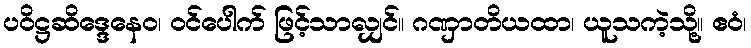
ပဝိဋ္ဌဆိဒ္ဒေနေဝ၊ ဝင်ပေါက် ဖြင့်သာလျှင်။ ဂဏှာတိယထာ၊ ယူသကဲ့သို့။ ဧဝံ၊